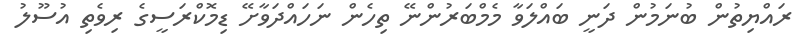
ރައްޔިތުން ބުނަމުން ދަނީ ބައްލަވާ މެމްބަރުންނޭ ތިހެން ނަހައްދަވާށޭ ޑިމޮކްރަސީގެ ރިވެތި އުސޫލު